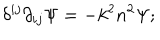
\delta ^ { i j } \partial _ { i j } \Psi = - k ^ { 2 } n ^ { 2 } \Psi ;